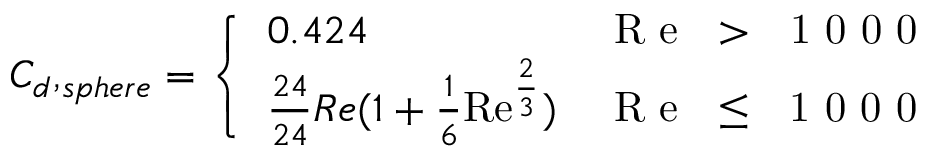
{ C _ { d } , _ { s p h e r e } } = \left\{ \begin{array} { l l } { 0 . 4 2 4 } & { \mathrm { ~ R ~ e ~ \ > ~ \ 1 ~ 0 ~ 0 ~ 0 ~ } } \\ { \frac { 2 4 } { 2 4 } { R e } ( 1 + \frac { 1 } { 6 } \mathrm { R e } ^ { \frac { 2 } { 3 } } ) } & { \mathrm { ~ R ~ e ~ \ \leq ~ \ 1 ~ 0 ~ 0 ~ 0 ~ } } \end{array} \right.